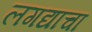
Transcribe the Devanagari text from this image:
लगद्याचा